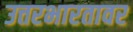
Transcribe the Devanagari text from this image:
उत्तरभारतावर